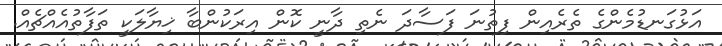
އަޅުގަނޑުމެންގެ ތެރެއިން ފިތުނަ ފަސާދަ ނެތި ދާނީ ކޮން އިރަކުންބާ ޚިޔާލަކީ ތަފާތުއެއްޗެއް.